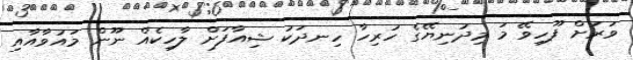
ވަރަށް ފޫހިވޭ މަ މިދުނިޔޭގެ ހުރިހާ ހިނދަކު ޝިއާފަށް ލާހިކެއް ނޫން މައުވާއާއި